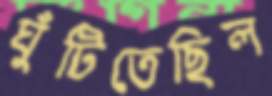
ঘুঁটিতেছিল